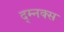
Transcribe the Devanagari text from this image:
द्म्नक्स